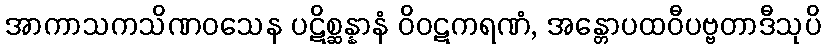
အာကာသကသိဏဝသေန ပဋိစ္ဆန္နာနံ ဝိဝဋကရဏံ, အန္တောပထဝီပဗ္ဗတာဒီသုပိ